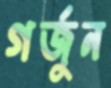
গর্জুন